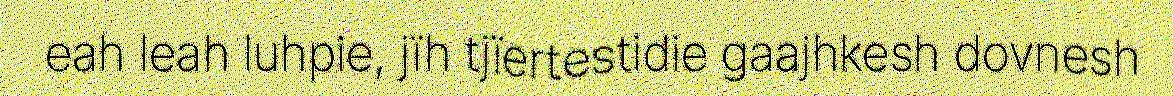
eah leah luhpie, jïh tjïertestidie gaajhkesh dovnesh